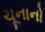
ચૂનાનો